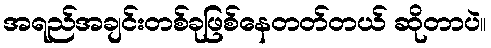
အရည်အချင်းတစ်ခုဖြစ်နေတတ်တယ် ဆိုတာပဲ။